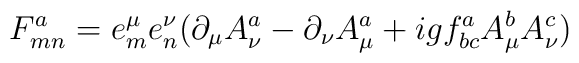
F_{mn}^a = e_m^\mu e_n^\nu(\partial_\mu A_\nu^a-\partial_\nu A_\mu^a    +igf_{bc}^a A_\mu^b A_\nu^c)